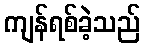
ကျန်ရစ်ခဲ့သည်